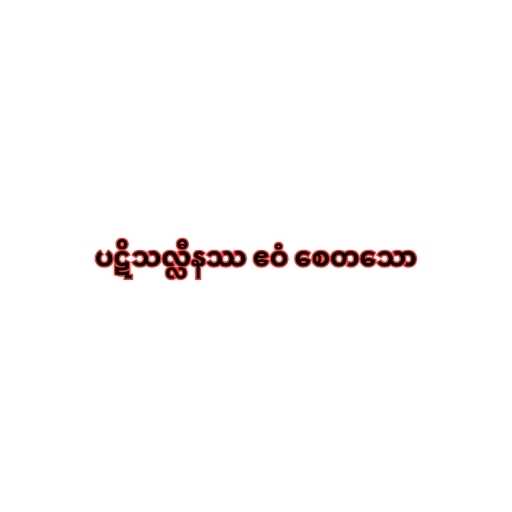
ပဋိသလ္လီနဿ ဧဝံ စေတသော